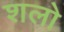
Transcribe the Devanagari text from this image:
शलो